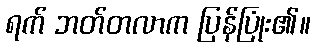
ရက် ဘတ်တလာက ပြန်ပြုံး၏။